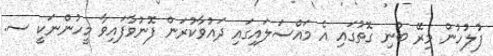
ފުލުހުން މިރޭ ބުނި ގޮތުގައި އެ މައްސަލައިގައި ދައުވާކުރަން ފޮނުވާފައިވާ މީހުންނަކީ ސ.